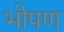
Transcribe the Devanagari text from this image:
भोपण